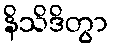
နိသိဒိတွာ